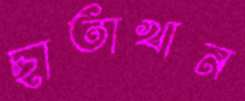
ছাতাখান